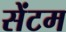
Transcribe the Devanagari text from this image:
सेंटम